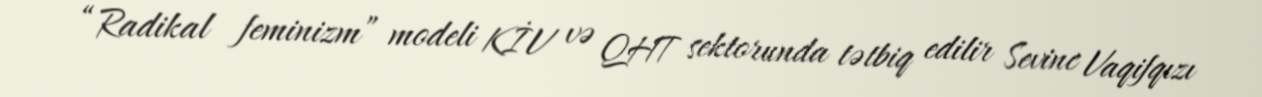
“Radikal feminizm” modeli KİV və QHT sektorunda tətbiq edilir Sevinc Vaqifqızı